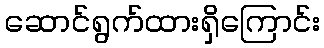
ဆောင်ရွက်ထားရှိကြောင်း